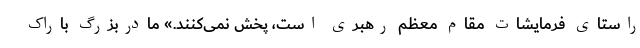
راستای فرمایشات مقام معظم رهبری است، پخش نمی‌کنند.» مادربزرگ باراک